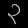
Digit: ၃